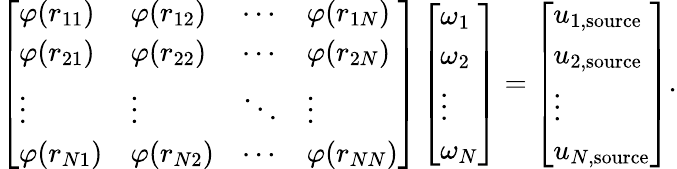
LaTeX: \left[\begin{array}{llll}{\varphi(r_{11})}&{\varphi(r_{12})}&{\cdots}&{\varphi(r_{1N})}\\ {\varphi(r_{21})}&{\varphi(r_{22})}&{\cdots}&{\varphi(r_{2N})}\\ {\vdots}&{\vdots}&{\ddots}&{\vdots}\\ {\varphi(r_{N1})}&{\varphi(r_{N2})}&{\cdots}&{\varphi(r_{NN})}\end{array}\right]\left[\begin{array}{l}{\omega_{1}}\\ {\omega_{2}}\\ {\vdots}\\ {\omega_{N}}\end{array}\right]=\left[\begin{array}{l}{u_{1,\mathrm{source}}}\\ {u_{2,\mathrm{source}}}\\ {\vdots}\\ {u_{N,\mathrm{source}}}\end{array}\right].